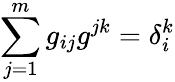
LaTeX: \sum_{j=1}^{m}g_{ij}g^{jk}=\delta_{i}^{k}